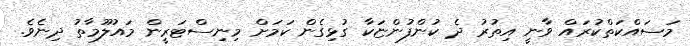
މަސައްކަތްކުރައް ވާނީ އިތުރު ދެ ކުންފުންޏަކާ ގުޅިގެން ކަމަށް މިނިސްޓަރީން މައުލޫމާތު ދިނެވެ.